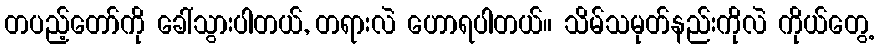
တပည့်တော်ကို ခေါ်သွားပါတယ်, တရားလဲ ဟောရပါတယ်။ သိမ်သမုတ်နည်းကိုလဲ ကိုယ်တွေ့